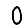
Digit: 0